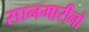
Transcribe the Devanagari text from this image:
सानमारीनो